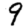
Digit: 9